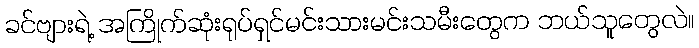
ခင်ဗျားရဲ့ အကြိုက်ဆုံးရုပ်ရှင်မင်းသားမင်းသမီးတွေက ဘယ်သူတွေလဲ။